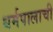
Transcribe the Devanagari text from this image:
धर्मपालाची